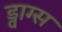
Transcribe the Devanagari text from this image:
ड्वाग्स